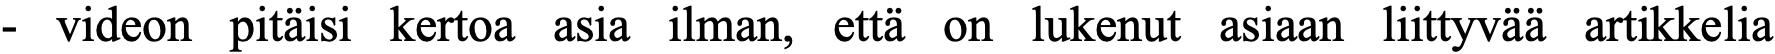
- videon pitäisi kertoa asia ilman, että on lukenut asiaan liittyvää artikkelia